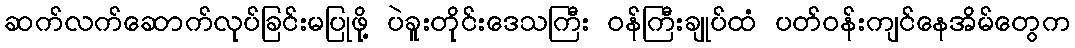
ဆက်လက်ဆောက်လုပ်ခြင်းမပြုဖို့ ပဲခူးတိုင်းဒေသကြီး ဝန်ကြီးချုပ်ထံ ပတ်ဝန်းကျင်နေအိမ်တွေက